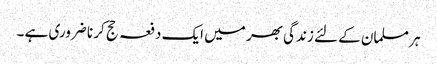
ہر مسلمان کے لئے زندگی بھر میں ایک دفعہ حج کر نا ضروری ہے ۔